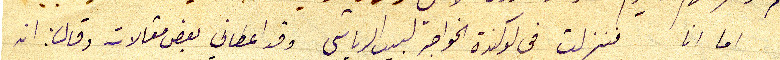
اما انا فنزلت في لوكندة الخواجة لبيب الرياشي وقد اعطاني بعض مقالات وقال: انه